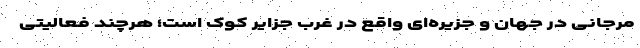
مرجانی در جهان و جزیره‌ای واقع در غرب جزایر کوک است؛ هرچند فعالیتی